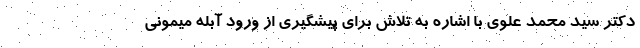
دکتر سید محمد علوی با اشاره به تلاش برای پیشگیری از ورود آبله میمونی